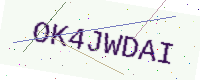
Text: OK4JWDAI